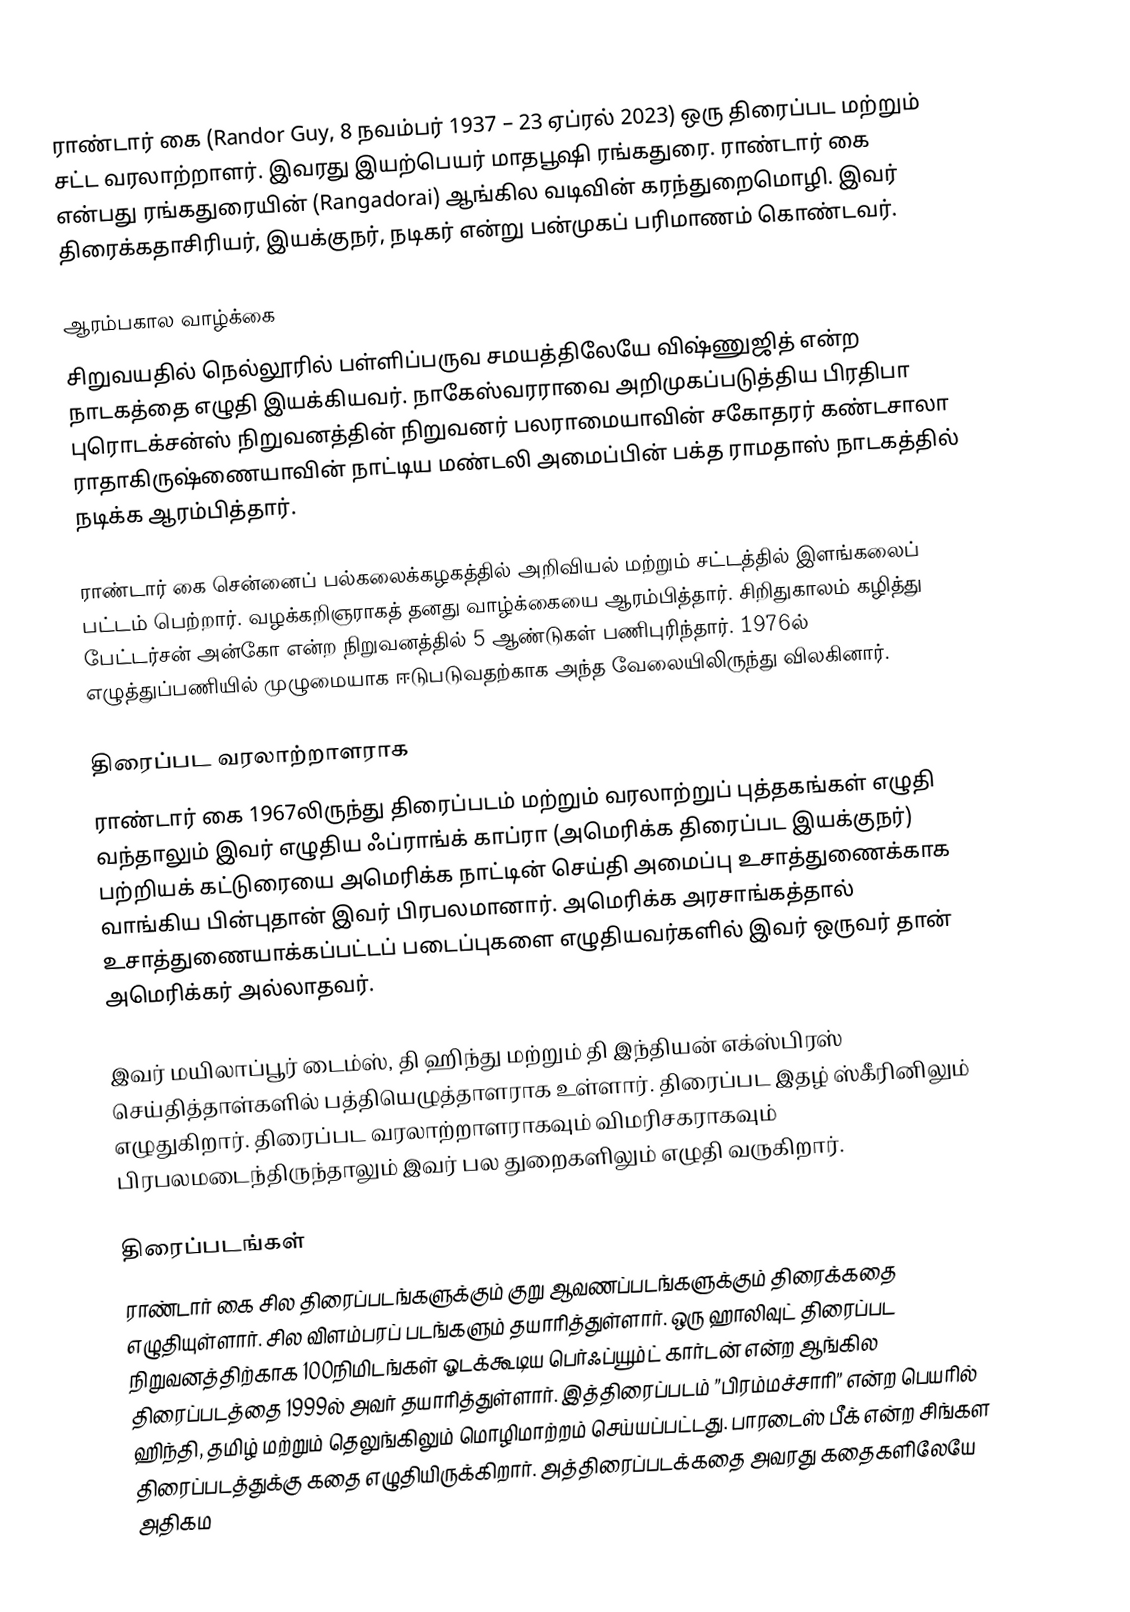
ராண்டார் கை (Randor Guy, 8 நவம்பர் 1937 – 23 ஏப்ரல் 2023) ஒரு திரைப்பட மற்றும் சட்ட வரலாற்றாளர். இவரது இயற்பெயர் மாதபூஷி ரங்கதுரை. ராண்டார் கை என்பது ரங்கதுரையின் (Rangadorai) ஆங்கில வடிவின் கரந்துறைமொழி. இவர் திரைக்கதாசிரியர், இயக்குநர், நடிகர் என்று பன்முகப் பரிமாணம் கொண்டவர்.

ஆரம்பகால வாழ்க்கை
சிறுவயதில் நெல்லூரில் பள்ளிப்பருவ சமயத்திலேயே விஷ்ணுஜித் என்ற நாடகத்தை எழுதி இயக்கியவர். நாகேஸ்வரராவை அறிமுகப்படுத்திய பிரதிபா புரொடக்சன்ஸ் நிறுவனத்தின் நிறுவனர் பலராமையாவின் சகோதரர் கண்டசாலா ராதாகிருஷ்ணையாவின் நாட்டிய மண்டலி அமைப்பின் பக்த ராமதாஸ் நாடகத்தில் நடிக்க ஆரம்பித்தார்.

ராண்டார் கை சென்னைப் பல்கலைக்கழகத்தில் அறிவியல் மற்றும் சட்டத்தில் இளங்கலைப் பட்டம் பெற்றார். வழக்கறிஞராகத் தனது வாழ்க்கையை ஆரம்பித்தார். சிறிதுகாலம் கழித்து பேட்டர்சன் அன்கோ என்ற நிறுவனத்தில் 5 ஆண்டுகள் பணிபுரிந்தார். 1976ல் எழுத்துப்பணியில் முழுமையாக ஈடுபடுவதற்காக அந்த வேலையிலிருந்து விலகினார்.

திரைப்பட வரலாற்றாளராக
ராண்டார் கை 1967லிருந்து திரைப்படம் மற்றும் வரலாற்றுப் புத்தகங்கள் எழுதி வந்தாலும் இவர் எழுதிய ஃப்ராங்க் காப்ரா (அமெரிக்க திரைப்பட இயக்குநர்) பற்றியக் கட்டுரையை அமெரிக்க நாட்டின் செய்தி அமைப்பு உசாத்துணைக்காக வாங்கிய பின்புதான் இவர் பிரபலமானார். அமெரிக்க அரசாங்கத்தால் உசாத்துணையாக்கப்பட்டப் படைப்புகளை எழுதியவர்களில்  இவர் ஒருவர் தான் அமெரிக்கர் அல்லாதவர்.

இவர் மயிலாப்பூர் டைம்ஸ், தி ஹிந்து மற்றும் தி இந்தியன் எக்ஸ்பிரஸ் செய்தித்தாள்களில் பத்தியெழுத்தாளராக உள்ளார். திரைப்பட இதழ் ஸ்கீரினிலும் எழுதுகிறார். திரைப்பட வரலாற்றாளராகவும் விமரிசகராகவும் பிரபலமடைந்திருந்தாலும் இவர் பல துறைகளிலும் எழுதி வருகிறார்.

திரைப்படங்கள்
ராண்டார் கை சில திரைப்படங்களுக்கும் குறு ஆவணப்படங்களுக்கும் திரைக்கதை எழுதியுள்ளார். சில விளம்பரப் படங்களும் தயாரித்துள்ளார். ஒரு ஹாலிவுட் திரைப்பட நிறுவனத்திற்காக 100நிமிடங்கள் ஓடக்கூடிய பெர்ஃப்யூம்ட் கார்டன் என்ற ஆங்கில திரைப்படத்தை 1999ல் அவர் தயாரித்துள்ளார். இத்திரைப்படம் ”பிரம்மச்சாரி” என்ற பெயரில் ஹிந்தி, தமிழ் மற்றும் தெலுங்கிலும் மொழிமாற்றம் செய்யப்பட்டது. பாரடைஸ் பீக் என்ற சிங்கள திரைப்படத்துக்கு கதை எழுதியிருக்கிறார். அத்திரைப்படக்கதை அவரது கதைகளிலேயே அதிகம